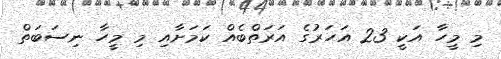
މި މީހާ އަކީ 23 އަހަރުގެ އަރަތްބެއް ކަމަށާއި މި މީހާ ނިސަބަތް